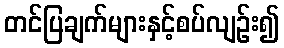
တင်ပြချက်များနှင့်စပ်လျဉ်း၍